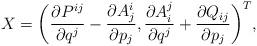
LaTeX: \begin{align*}X = \bigg( \frac{\partial P^{ij}}{\partial q^j} - \frac{\partial A^i_j}{\partial p_j}, \frac{\partial A^j_i}{\partial q^j} + \frac{\partial Q_{ij}}{\partial p_j} \bigg)^T,\end{align*}